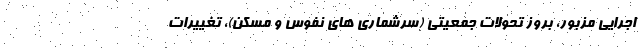
اجرایی مزبور، بروز تحولات جمعیتی (سرشماری های نفوس و مسکن)، تغییرات